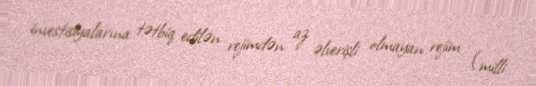
investisiyalarına tətbiq edilən rejimdən az əlverişli olmayan rejim (milli